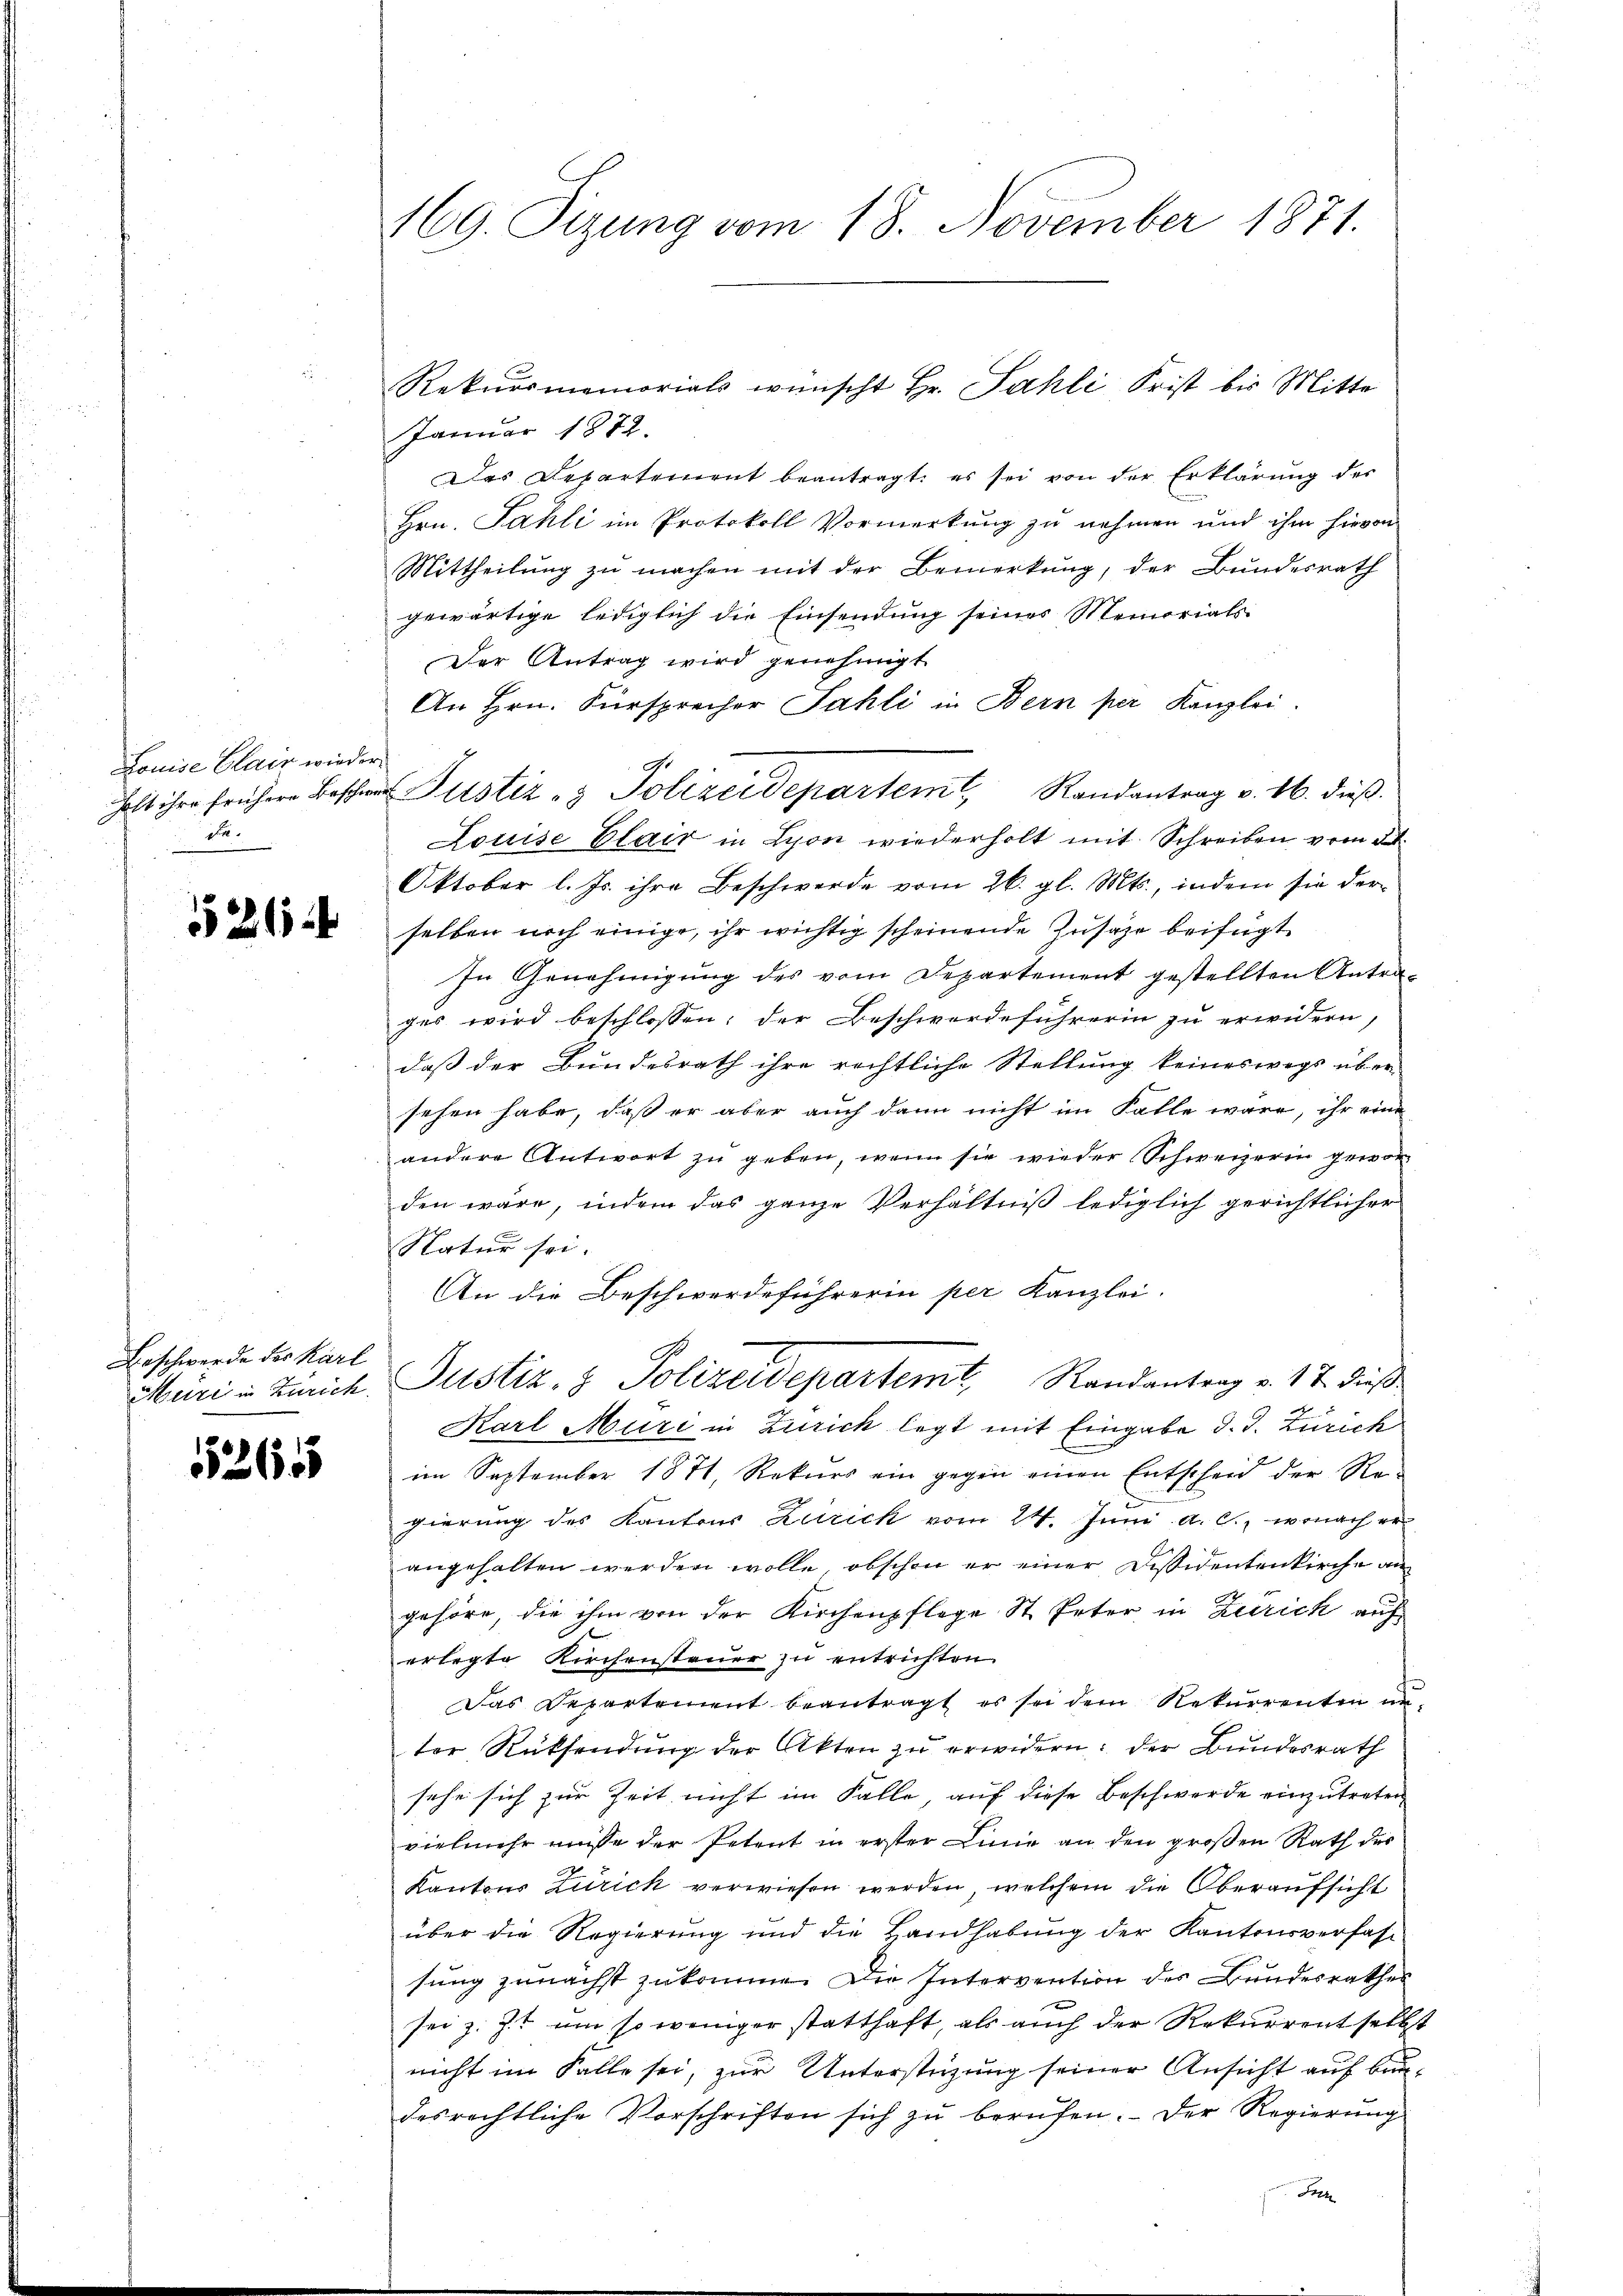
Louise Clair wird.
holt ihre frühere Bescher
d.

521 x

Beschwerde der Karl

55265

169. Tizung vom 18. November 1871.

Januar 1872.
Das Departement beantragt, es sei von der Erklärung des
Hrn. Fahli im Protokoll Vormerkung zu nehmen und ihm hievon
Mittheilŭng zŭ machen mit der Bemerkŭng, der Bundesrath
gewärtige lediglich die Einsendung seines Memoriats-
Der Antrag wird genehmigt
An Hrn. Fürsprecher Fahli in Bern per Kanzlei.
r
i Justiz- & Polizeidepartem Randantrag v. 16. dieβ.
Louise Clair in Lyon wiederholt mit Schreiben vom 5.
Oktober l. Js. ihre Beschwerde vom 26. gl. Mts., indem sie derselben noch einige, ihr wichtig scheinende Zusage beifügt
In Genehmigung des vom Departement gestellten Antra-
ges wird beschlossen: der Beschwerdeführerin zu erwidern,
daß der Bundesrath ihre rechtliche Stellung keineswegs über
sehen habe, daß er aber auch dann nicht im Falle wäre, ihr eine
andere Antwort zŭ geben, wenn sie wieder Schweizerin gewor
den wäre, indem das ganze Verhältniß lediglich gerichtlicher
Natur sei.
An die Beschwerdeführerin per Kanzlei.
Müri in Zürich Justiz- & Polizeidepartemt, Randantrag v. 17. dieß
Karl Muri in Zürich legt mit Eingabe d. J. Zürich
im September 1871, Rekurs ein gegen einen Entscheid der Re-
gierung des Kantons Zürich vom 24. Juni a. c., wonach er
angehalten werden wolle, obschon er einer Dissidentenkirche an
gehöre, die ihm von der Kirchenpflege St. Peter in Zürich auf
erlegte Kirchensteŭer zŭ entrichten.
Das Departement beantragt es sei dem Rekurrenten un-
ter Rücksendung der Akten zu erwidern: der Bundesrath
sehe sich zur Zeit nicht im Falle, auf diese Beschwerde einzutreten
vielmehr müsse der Petent in erster Linie an den großen Rath des
Kantons Zürich verwiesen werden, welchem die Oberaufsicht
über die Regierung und die Handhabung der Kantonsverfassung zunächst zukomme. Die Intervention des Bundesrathes
sei z. Zt. um so weniger statthaft, als auch der Rekurrent selbst
nicht im Falle sei, zur Unterstüzung seiner Ansicht auf baudesrechtliche Vorschriften sich zu berufen. Der Regierung
Joch

Rekursmemorials wünscht Hr. Sahli, Frist bis Mitte